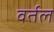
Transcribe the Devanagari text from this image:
वर्तल